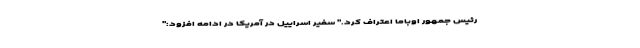
رئیس جمهور اوباما اعتراف کرد." سفیر اسراییل در آمریکا در ادامه افزود:"